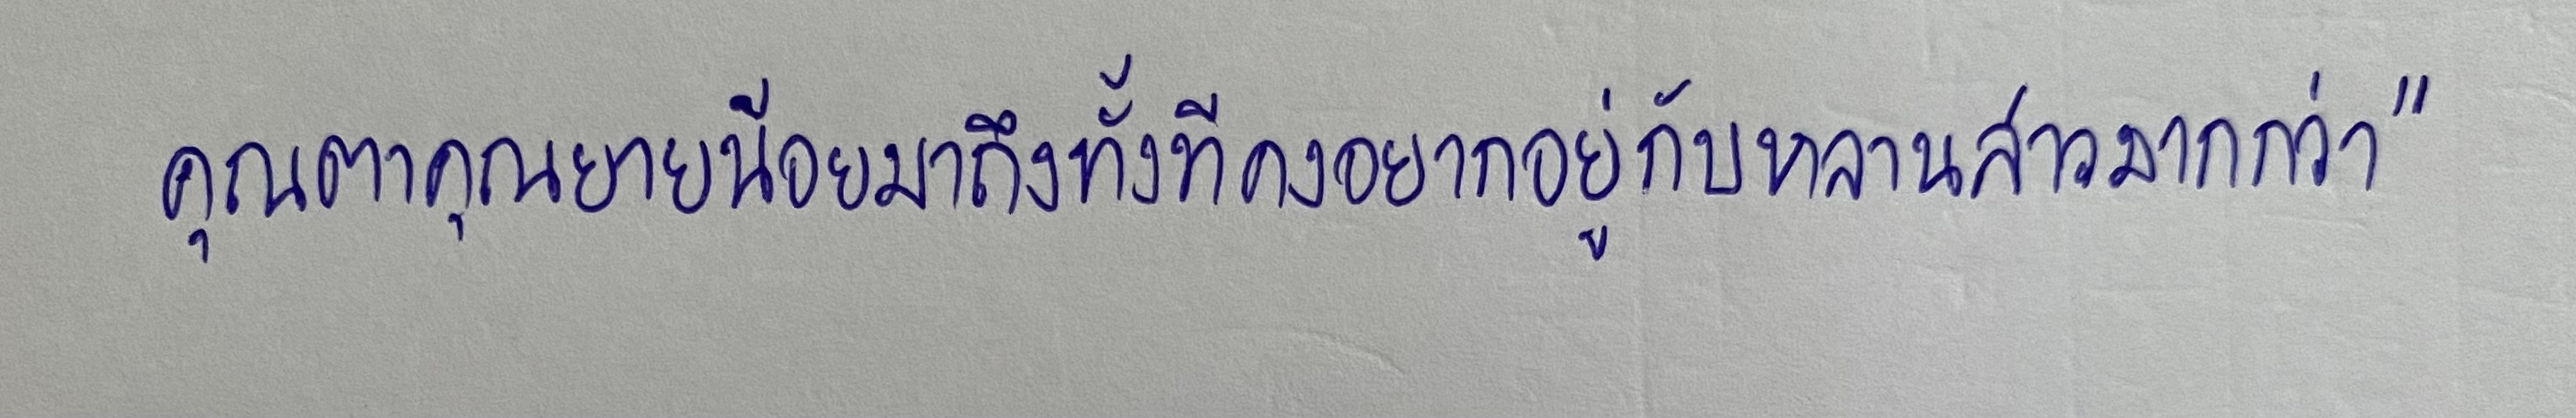
คุณตาคุณยายน้อยมาถึงทั้งทีคงอยากอยู่กับหลานสาวมากกว่า"